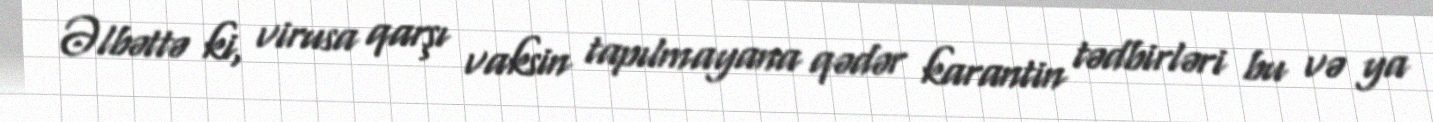
Əlbəttə ki, virusa qarşı vaksin tapılmayana qədər karantin tədbirləri bu və ya